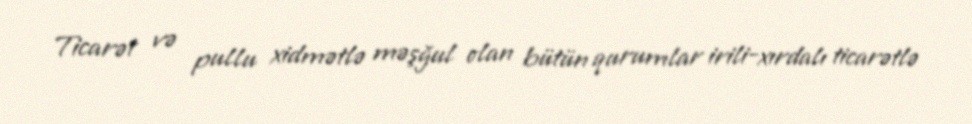
Ticarət və pullu xidmətlə məşğul olan bütün qurumlar irili-xırdalı ticarətlə